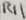
Text: R11